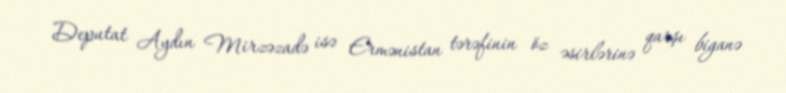
Deputat Aydın Mirzəzadə isə Ermənistan tərəfinin öz əsirlərinə qarşı biganə